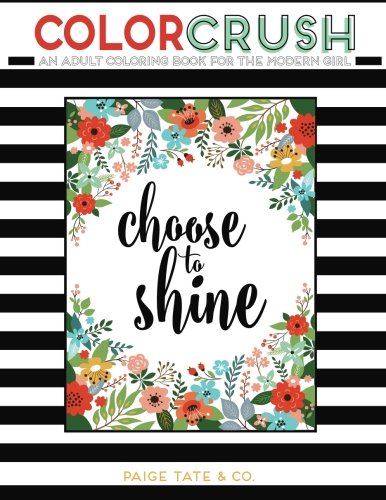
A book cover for Color Crush: An Adult Coloring Book for the Modern Girl; Paige Tate; Arts & Photography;